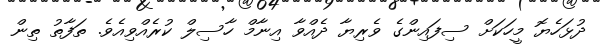
ދުޅަހެޔޮ މީހަކަށް ސިފައިންގެ ވެރިޔާ ދެއްވާ އިނާމް ހާސިލް ކުރެއްވިއެވެ. ތަފާތު ތިން